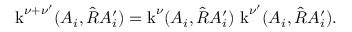
\operatorname { k } ^ { \nu + \nu ^ { \prime } } ( A _ { i } , \hat { R } A _ { i } ^ { \prime } ) = \operatorname { k } ^ { \nu } ( A _ { i } , \hat { R } A _ { i } ^ { \prime } ) \, \operatorname { k } ^ { \nu ^ { \prime } } ( A _ { i } , \hat { R } A _ { i } ^ { \prime } ) .